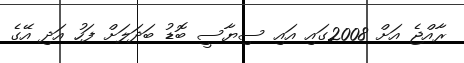
ރާއްޖެ އަށް 2008ގައި އައި ސިޔާސީ ބޮޑު ބަދަލަށް ފަހު އަދި އޭގެ